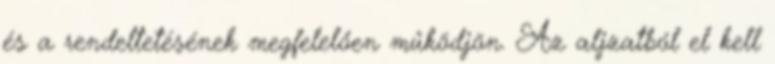
és a rendeltetésének megfelelően működjön. Az aljzatból el kell